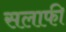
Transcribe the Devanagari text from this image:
सलाफी